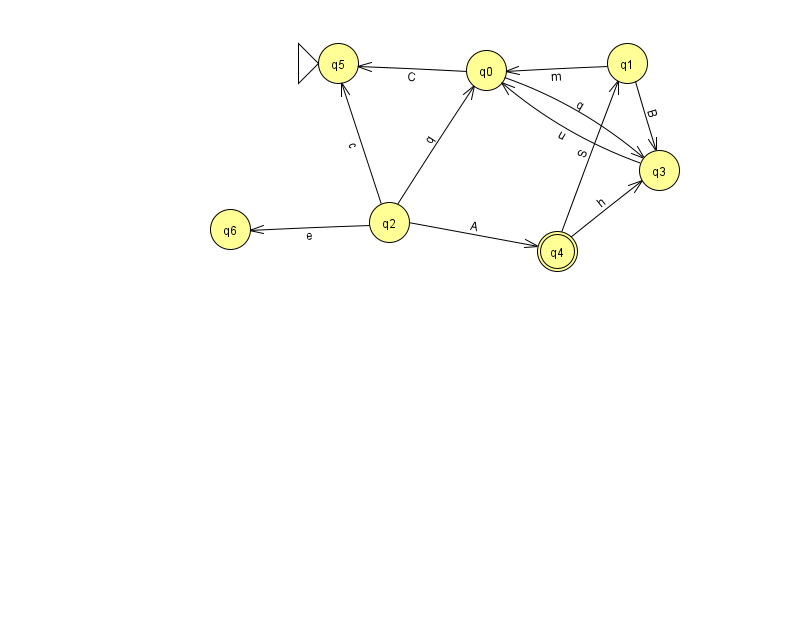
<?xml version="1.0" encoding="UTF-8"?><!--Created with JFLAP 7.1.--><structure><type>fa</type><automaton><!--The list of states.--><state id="0" name="q0"><x>486.0</x><y>57.0</y></state><state id="1" name="q1"><x>627.0</x><y>50.0</y></state><state id="2" name="q2"><x>389.0</x><y>209.0</y></state><state id="3" name="q3"><x>659.0</x><y>157.0</y></state><state id="4" name="q4"><x>557.0</x><y>238.0</y><final/></state><state id="5" name="q5"><x>338.0</x><y>50.0</y><initial/></state><state id="6" name="q6"><x>230.0</x><y>216.0</y></state><!--The list of transitions.--><transition><from>4</from><to>3</to><read>h</read></transition><transition><from>2</from><to>0</to><read>q</read></transition><transition><from>4</from><to>1</to><read>S</read></transition><transition><from>2</from><to>4</to><read>A</read></transition><transition><from>3</from><to>0</to><read>u</read></transition><transition><from>1</from><to>3</to><read>B</read></transition><transition><from>2</from><to>5</to><read>c</read></transition><transition><from>2</from><to>6</to><read>e</read></transition><transition><from>1</from><to>0</to><read>m</read></transition><transition><from>0</from><to>3</to><read>q</read></transition><transition><from>0</from><to>5</to><read>C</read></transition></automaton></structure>